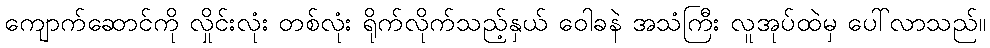
ကျောက်ဆောင်ကို လှိုင်းလုံး တစ်လုံး ရိုက်လိုက်သည့်နှယ် ဝေါခနဲ အသံကြီး လူအုပ်ထဲမှ ပေါ်လာသည်။